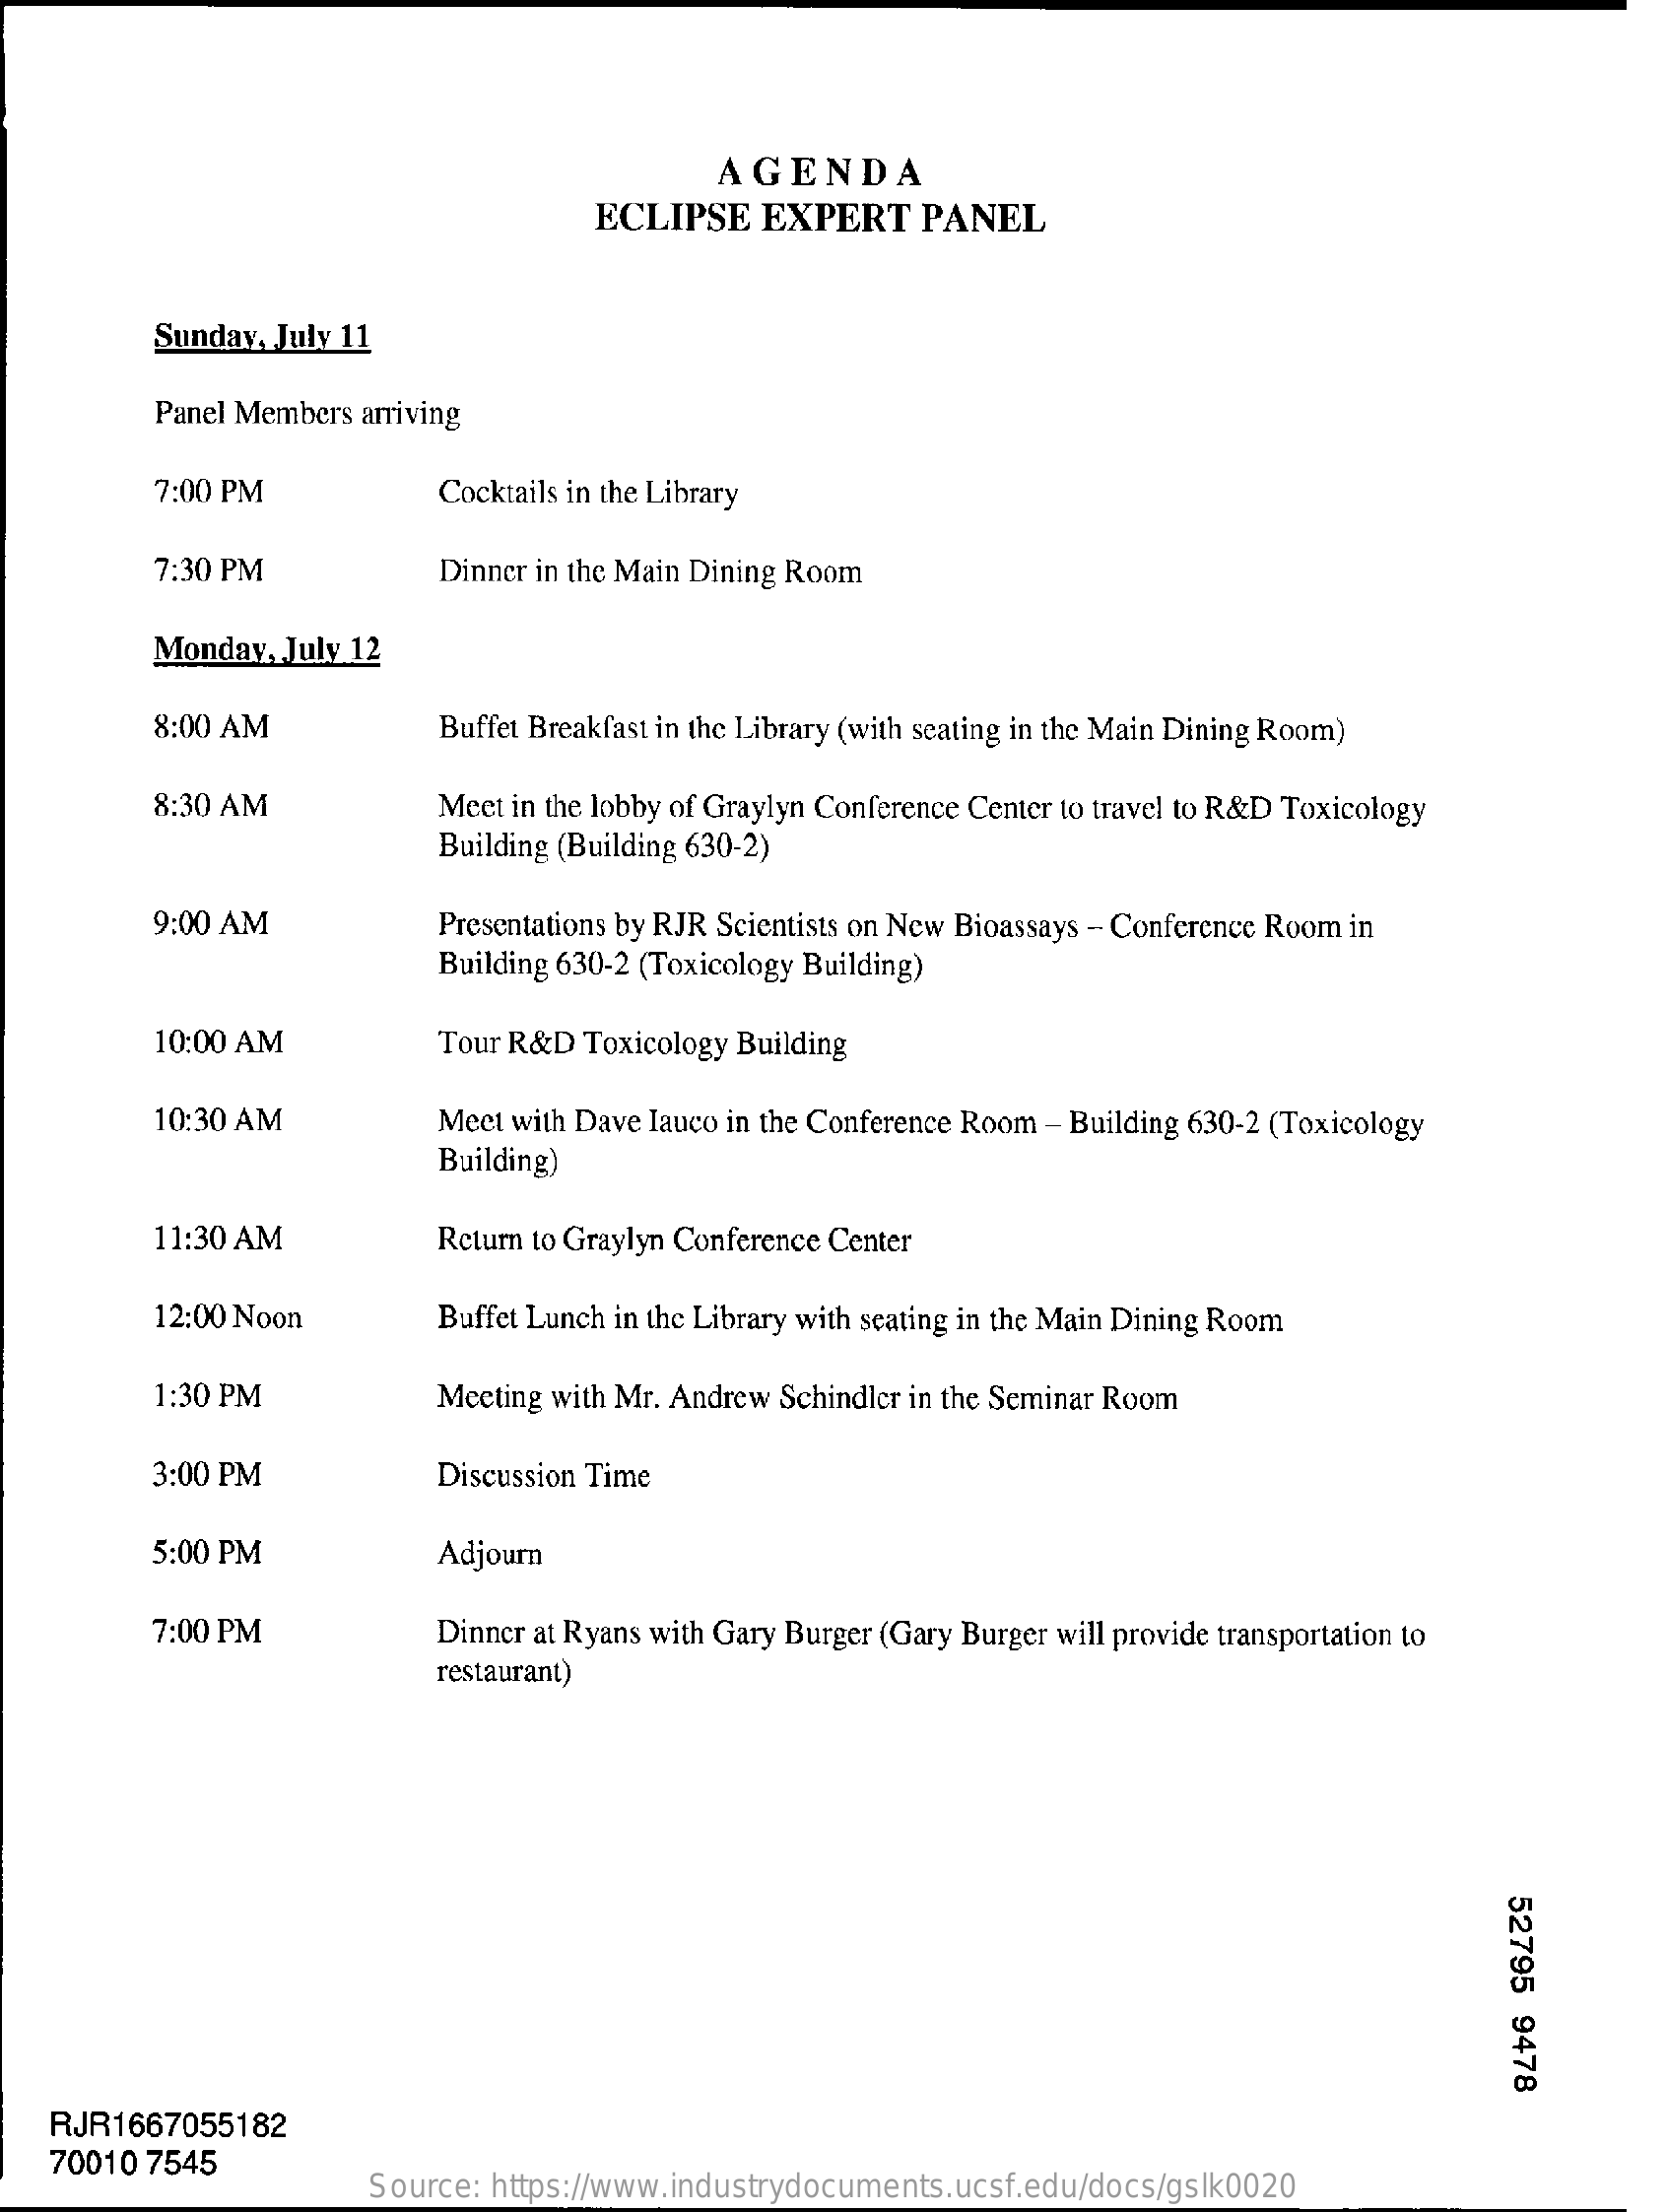
AGENDA
     ECLIPSE  EXPERT   PANEL
     Sunday, July 11
     Panel Members arriving
     7:00 PM    Cocktails in the Library
     7:30 PM    Dinner in the Main Dining Room
     Monday, July 12
     8:00 AM    Buffet Breakfast in the Library (with seating in the Main Dining Room)
     8:30 AM    Meet in the lobby of Graylyn Conference Center to travel to R&D Toxicology
     Building (Building 630-2)
     9:00 AM    Presentations by RJR Scientists on New Bioassays - Conference Room in
     Building 630-2 (Toxicology Building)
     10:00 AM    Tour R&D Toxicology Building
     10:30 AM    Meet with Dave Iauco in the Conference Room - Building 630-2 (Toxicology
     Building)
     11:30 AM    Return to Graylyn Conference Center
     12:00 Noon    Buffet Lunch in the Library with seating in the Main Dining Room
     1:30 PM    Meeting with Mr. Andrew Schindler in the Seminar Room
     3:00 PM    Discussion Time
     5:00 PM    Adjourn
     7:00 PM    Dinner at Ryans with Gary Burger (Gary Burger will provide transportation to
     restaurant)
     52795
     9478
   RJR1667055182
   70010 7545
     Source: https://www.industrydocuments.ucsf.edu/docs/gslk0020